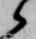
候